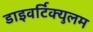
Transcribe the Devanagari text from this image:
डाइवर्टिक्युलम